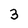
Character: 3